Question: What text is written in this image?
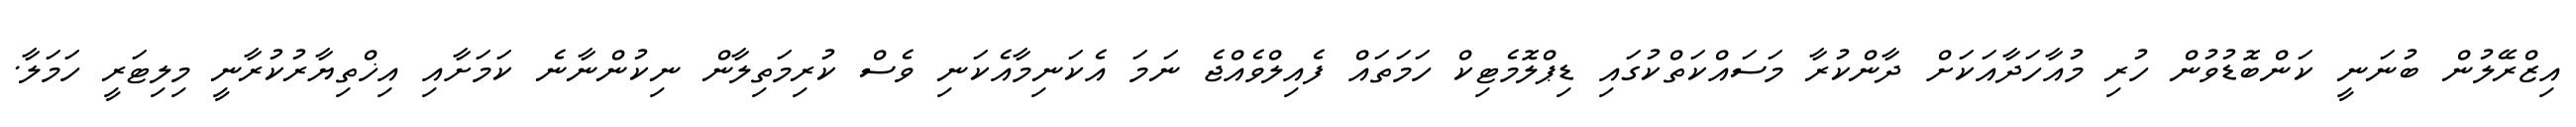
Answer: އިޒްރޭލުން ބުނަނީ ކަންބޮޑުވުން ހުރި މުއާހަދާއަކަށް ދާންކުރާ މަސައްކަތްކުގައި ޑިޕްލޮމެޓިކް ހަމަތައް ފެއިލްވެއްޖެ ނަމަ އެކަނިމާއެކަނި ވެސް ކުރިމަތިލާން ނިކުންނާނެ ކަމަށާއި އިޚްތިޔާރުކުރާނީ މިލިޓަރީ ހަމަލާ.